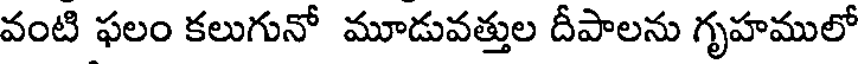
వంటి ఫలం కలుగునో మూడువత్తుల దీపాలను గృహములో